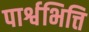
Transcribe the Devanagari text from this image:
पार्श्वभित्ति